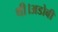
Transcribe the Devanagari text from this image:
थी।अडोबी